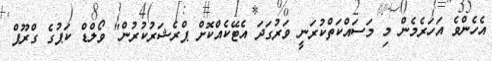
އެހެންވެ އަހަރެމެން މި މަސައްކަތްކުރަނީ ވަރުގަދަ އެޓޭކެއްކޮށް ޕްރެޝަރުކުރުން" ވޯލްޑް ކަޕުގެ ގްރޫޕް